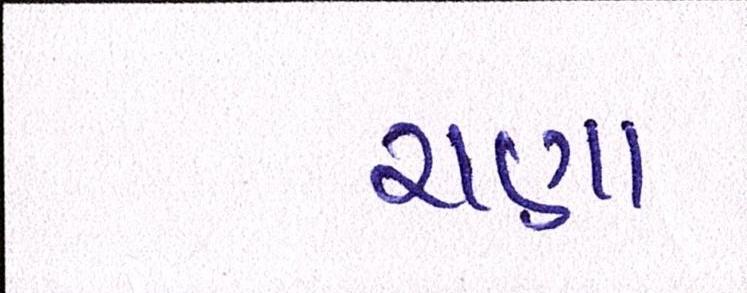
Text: ચણા